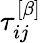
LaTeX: \tau_{ij}^{\left[\beta\right]}